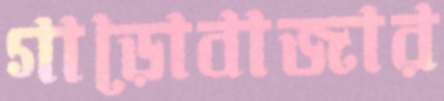
গাড়োবাজার